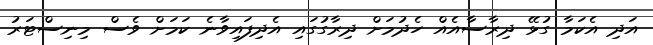
އަދި އެކަމާ ގުޅޭ ދިރާސާއެއް ހެދުމަށް ދިރާގުގައި އެދިފައިވާނެ ކަމަށް ވެސް މިނިސްޓަރު